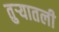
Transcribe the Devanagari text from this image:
तुऱ्यातली